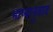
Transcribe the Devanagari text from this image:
भाष्यानुवाद